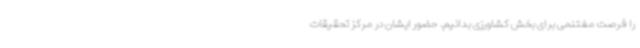
را فرصت مغتنمی برای بخش کشاورزی بدانیم. حضور ایشان در مرکز تحقیقات